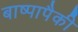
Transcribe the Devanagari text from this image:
बाष्पापैकी